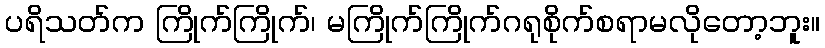
ပရိသတ်က ကြိုက်ကြိုက်၊ မကြိုက်ကြိုက်ဂရုစိုက်စရာမလိုတော့ဘူး။